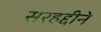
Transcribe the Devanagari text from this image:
सरहद्दीने